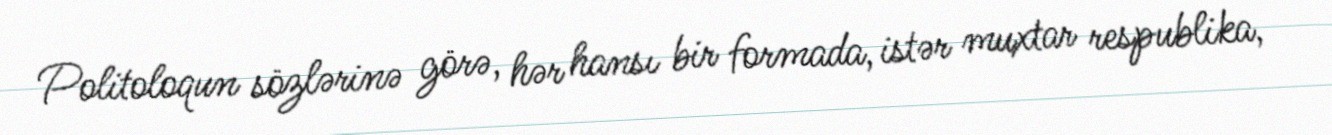
Politoloqun sözlərinə görə, hər hansı bir formada, istər muxtar respublika,